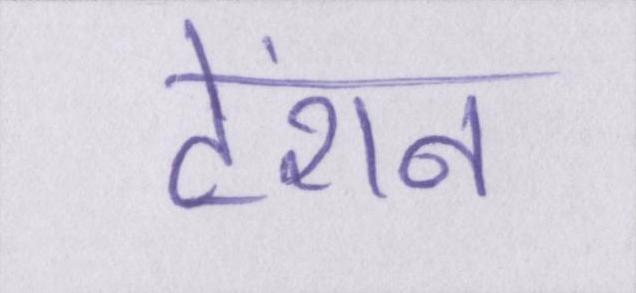
टेंशन